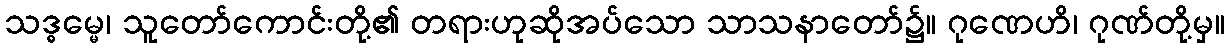
သဒ္ဓမ္မေ၊ သူတော်ကောင်းတို့၏ တရားဟုဆိုအပ်သော သာသနာတော်၌။ ဂုဏေဟိ၊ ဂုဏ်တို့မှ။